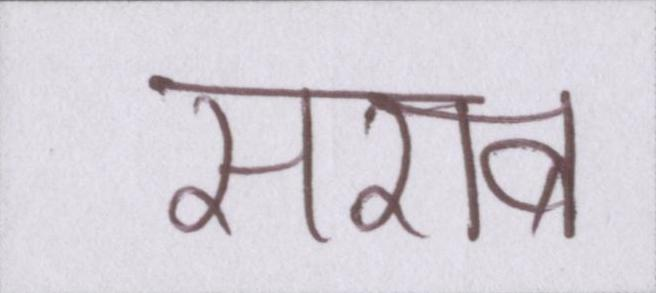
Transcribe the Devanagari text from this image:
सराब